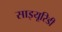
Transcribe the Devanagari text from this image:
साइयूरिडी